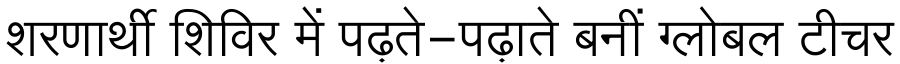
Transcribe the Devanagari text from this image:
शरणार्थी शिविर में पढ़ते-पढ़ाते बनीं ग्लोबल टीचर